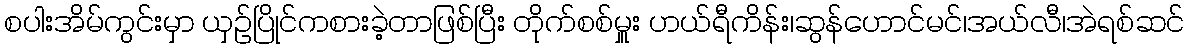
စပါးအိမ်ကွင်းမှာ ယှဉ်ပြိုင်ကစားခဲ့တာဖြစ်ပြီး တိုက်စစ်မှူး ဟယ်ရီကိန်း၊ဆွန်ဟောင်မင်၊အယ်လီ၊အဲရစ်ဆင်